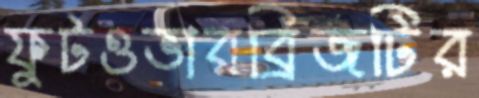
ফুটওভারব্রিজটির